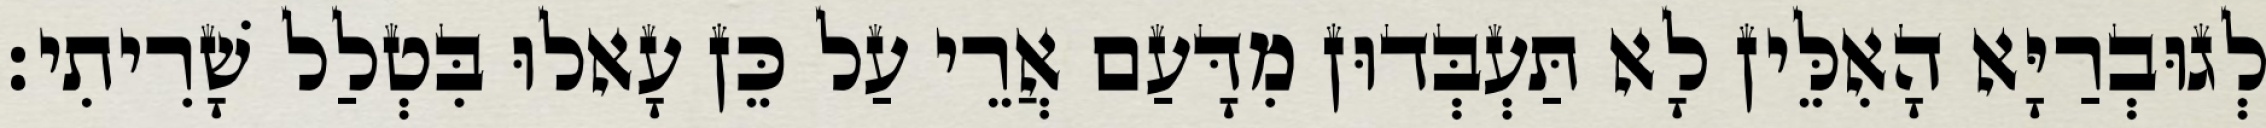
לְגוּבְרַיָּא הָאִלֵּין לָא תַּעְבְּדוּן מִדָּעַם אֲרֵי עַל כֵּן עָאלוּ בִּטְלַל שָׁרִיתִי׃